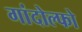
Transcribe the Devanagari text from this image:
गांदोल्फो